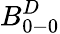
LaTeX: B_{0-0}^{D}